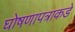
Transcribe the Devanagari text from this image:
घोषणापत्राकडे